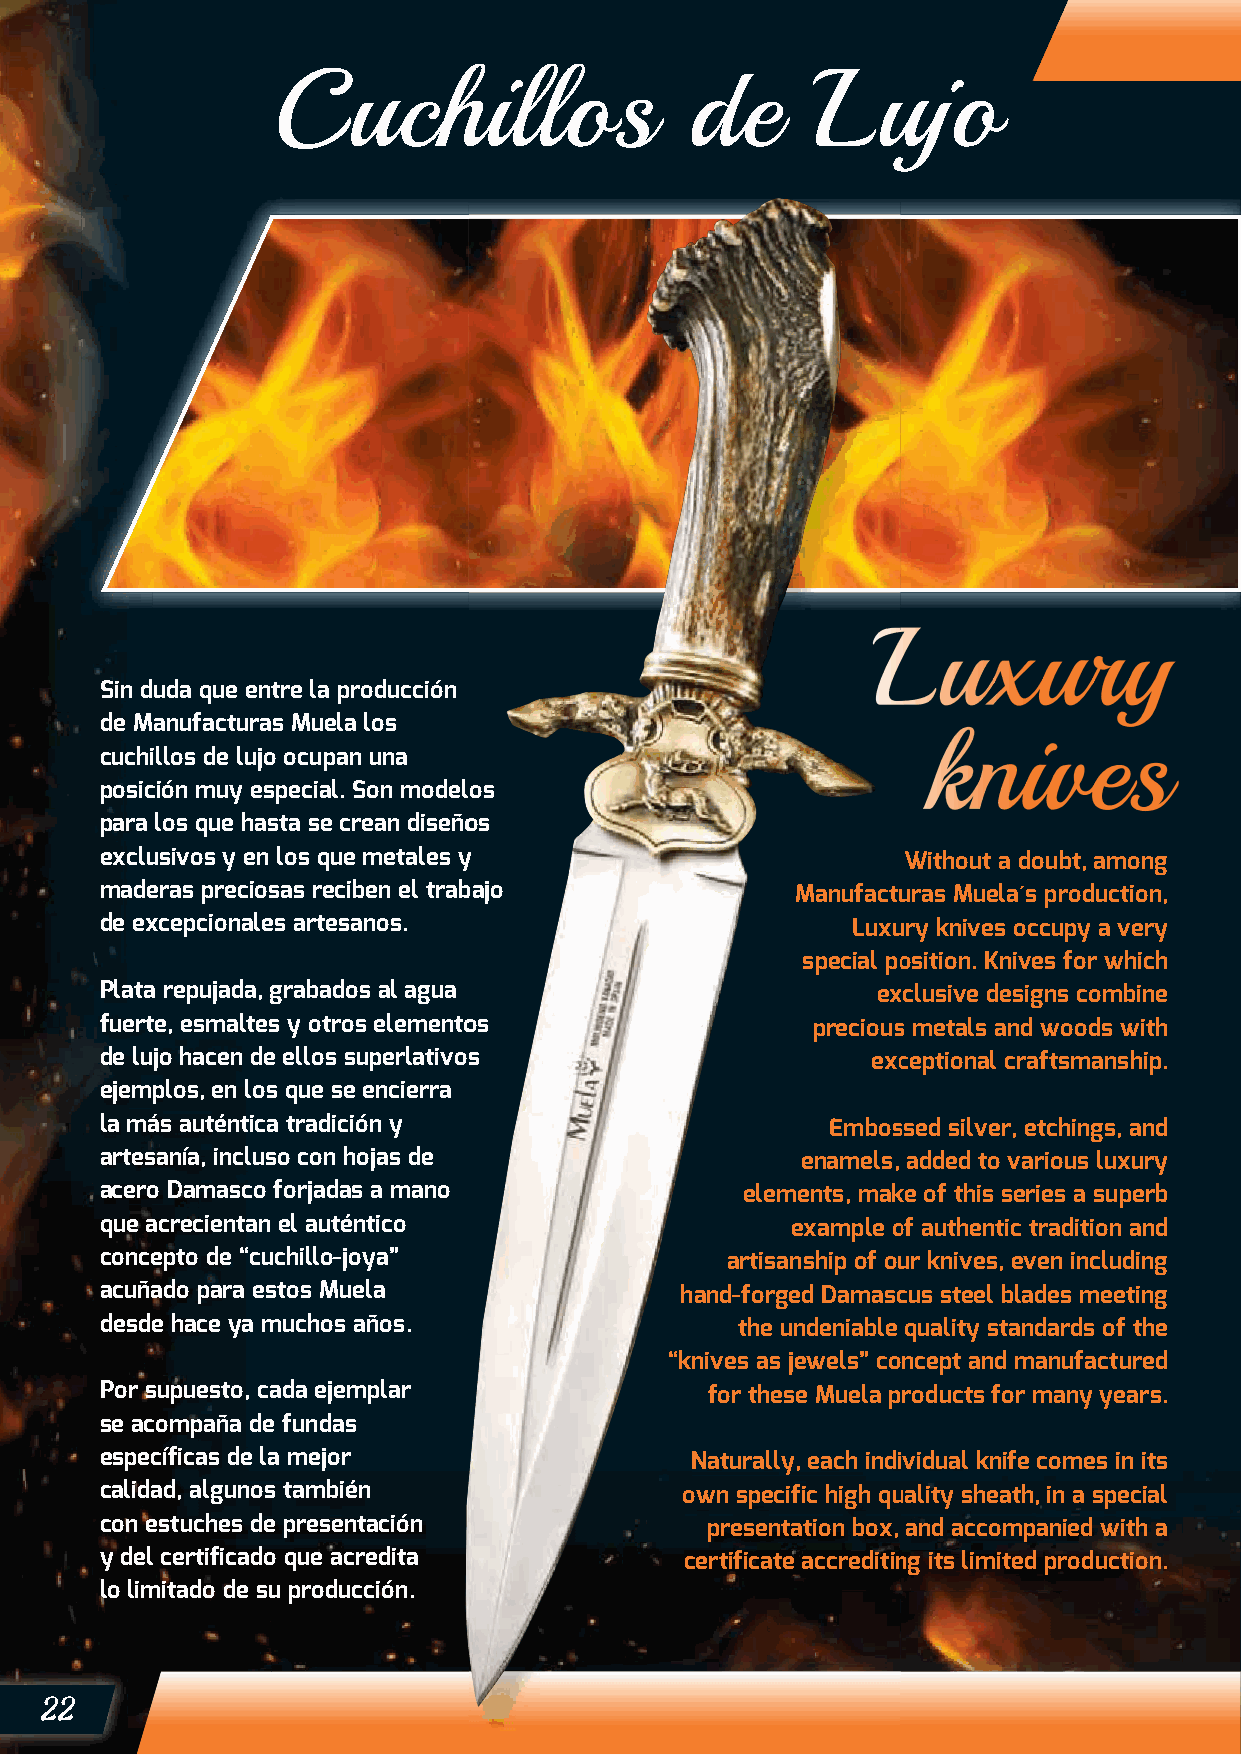
Cuchillos                   de      Lujo
 Sin duda que entre la producción
 de Manufacturas Muela los
 cuchillos de lujo ocupan una
 posición muy especial. Son modelooss
 para los que hasta se crean diseñooss
 exclusivos y en los que metales yy                   Without a doubt, among
 maderas preciosas reciben el trabbaajjoo      MMaannuuffaaccttuuras Muela´s production,
 de excepcionales artesanos.                      LLuuxxuury knives occupy a very
 ssppeecciiaall ppoosition. Knives for which
 Plata repujada, grabados al agua                   eexxclusive designs combine
 fuerte, esmaltes y otros elementooss           pprreecciioouuss metals and woods with
 de lujo hacen de ellos superlativoss               eexxcceptional craftsmanship.
 ejemplos, en los que se encierra
 la más auténtica tradición y                    EEmmbboosssed silver, etchings, and
 artesanía, incluso con hojas de               eennaammeellss,, added to various luxury
 acero Damasco forjadas a mano             eelleemmeennttss,, mmaakke of this series a superb
 que acrecientan el auténtico                 eexxaammppllee oof authentic tradition and
 concepto de “cuchillo-joya”              aarrttiissaannsshhiipp ooff oouur knives, even including
 acuñado para estos Muela              hhaanndd--ffoorrggeedd DDaammaassccus steel blades meeting
 desde hace ya muchos años.                tthhee uunnddeenniiaabbllee quality standards of the
 ““kknniivveess aass jjeewweellss”” ccooncept and manufactured
 Por supuesto, cada ejemplar             ffoorr tthheessee MMuueellaa pproducts for many years.
 se acompaña de fundas
 específicas de la mejor                NNaattuurraallllyy,, eeaacchh iinnddiividual knife comes in its
 calidad, algunos también              oowwnn ssppeecciiffiicc hhiigghh qquuality sheath, in a special
 con estuches de presentación            pprreesseennttaattiioonn bbooxx,, and accompanied with a
 y del certificado que acredita        cceerrttiiffiiccaattee aaccccrreeddiittiinng its limited production.
 lo limitado de su producción.
 22